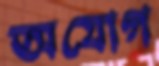
অযোগ